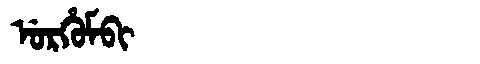
Manchu: ᡠᡵᡥᡠᠮᠪᡳ
Romanization: URHUMBI